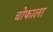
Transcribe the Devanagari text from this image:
चोफाला